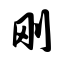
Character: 刚